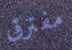
مفترق